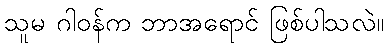
သူမ ဂါဝန်က ဘာအရောင် ဖြစ်ပါသလဲ။